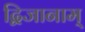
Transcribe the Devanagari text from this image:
द्विजानाम्